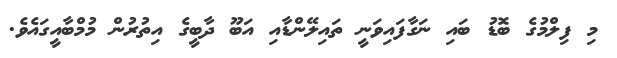
މި ފިލްމުގެ ބޮޑު ބައި ނަގާފައިވަނީ ތައިލޭންޑާއި އަބޫ ދާބީގެ އިތުރުން މުމްބާއީގައެވެ.